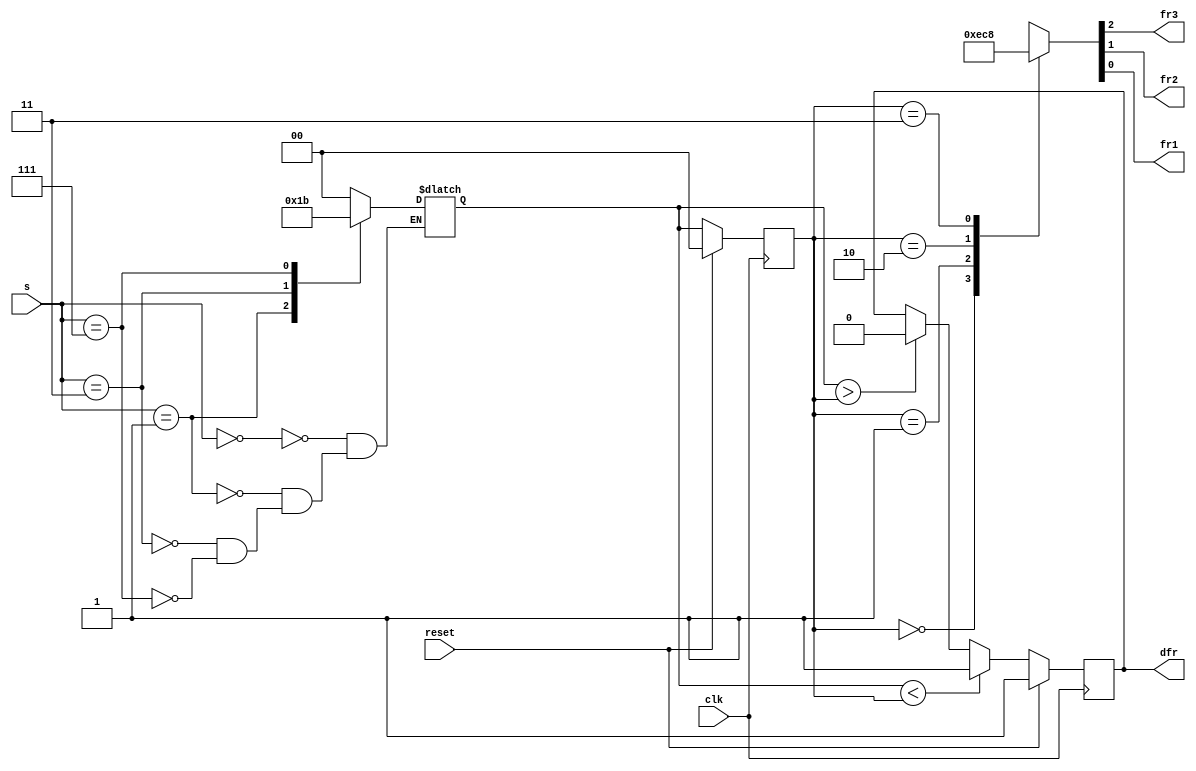
module top_module (
    input clk,
    input reset,
    input [3:1] s,
    output fr3,
    output fr2,
    output fr1,
    output dfr
); 

    
    reg [1:0] state, next_state;
    
    parameter S1=0, S12=1, S23=2, S3=3;
    
    always @(posedge clk) begin
        if (reset) state <= S1;
        else state <= next_state;
    end
    
    always @(*) begin
        case (s)
            3'b000: next_state = S1;
            3'b001: next_state = S12;
            3'b011: next_state = S23;
            3'b111: next_state = S3;
        endcase

        case (state)
            S1 : {fr3, fr2, fr1} = 3'b111;
            S12: {fr3, fr2, fr1} = 3'b011;
            S23: {fr3, fr2, fr1} = 3'b001;
            S3 : {fr3, fr2, fr1} = 3'b000;
        endcase
    end
    
    
    always @(posedge clk) begin
        if (reset) dfr <= 1'b1;
        else if (next_state < state) dfr <= 1'b1;
        else if (next_state > state) dfr <= 1'b0;
        else dfr <= dfr;
    end
    
endmodule